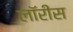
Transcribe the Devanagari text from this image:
लॉरीस